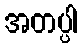
အတပ္ပါ